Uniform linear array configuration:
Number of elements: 4
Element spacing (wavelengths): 0.25
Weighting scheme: hann
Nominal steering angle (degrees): -15
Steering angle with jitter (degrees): -14.259
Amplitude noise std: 0.05
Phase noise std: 0.05

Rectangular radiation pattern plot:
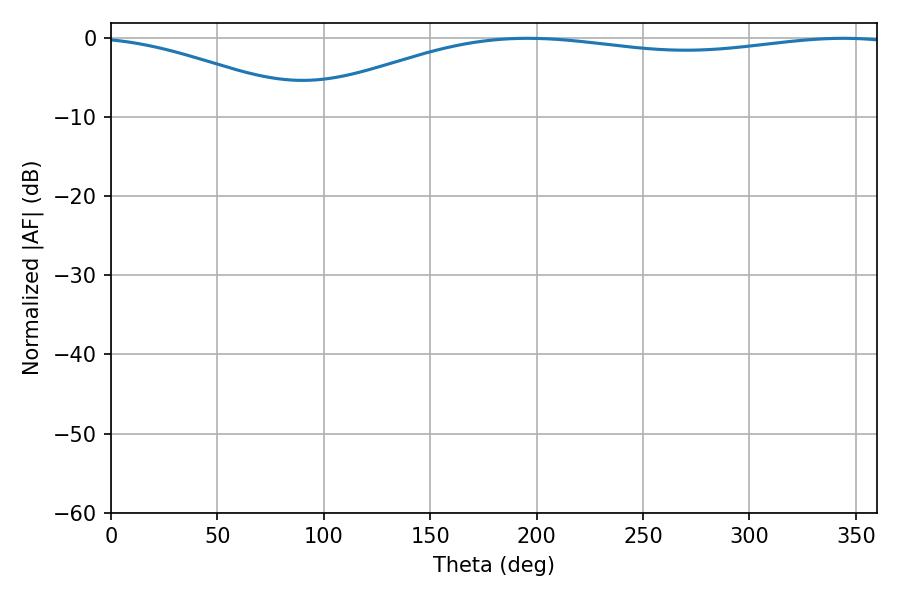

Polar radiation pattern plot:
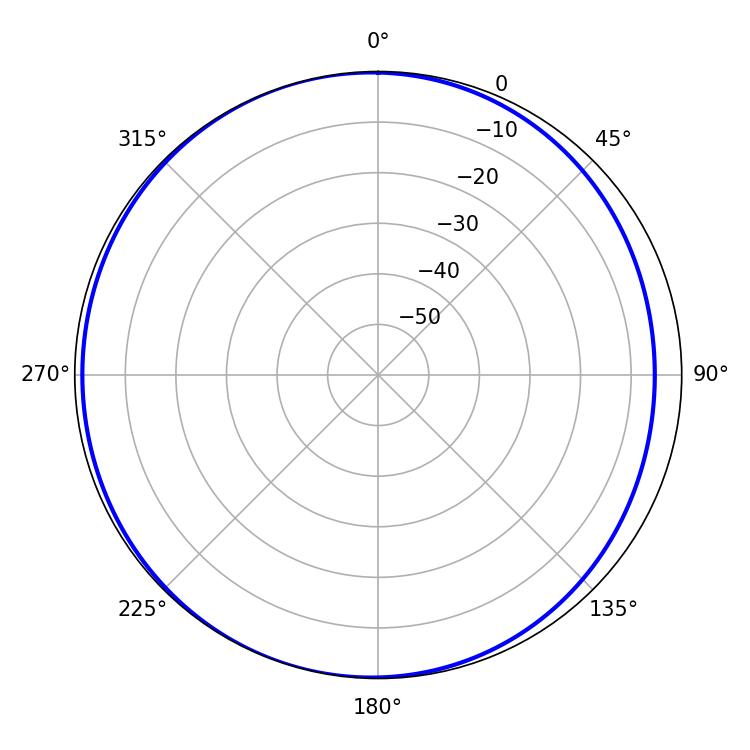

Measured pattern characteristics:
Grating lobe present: FALSE
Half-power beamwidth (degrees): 226.62
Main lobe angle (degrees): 195.84